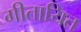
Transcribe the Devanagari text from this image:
गीतायित